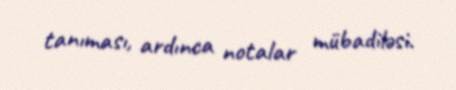
tanıması, ardınca notalar mübadiləsi.